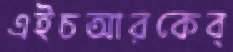
এইচআরকেব্